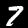
Label: 7